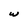
Character: w